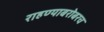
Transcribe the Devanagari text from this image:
राहण्याबरोबरच